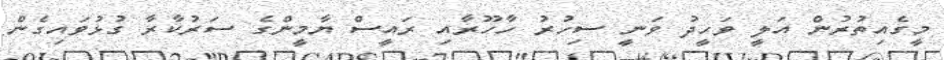
މީގެއިތުރުން އަލީ ވަހީދު ވަނީ ސިހުރު ހާހޫރާއި ރައީސް ޔާމީންގެ ސަރުކާރާ ގުޅުވައިގެން